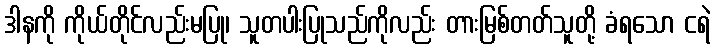
ဒါနကို ကိုယ်တိုင်လည်းမပြု၊ သူတပါးပြုသည်ကိုလည်း တားမြစ်တတ်သူတို့ ခံရသော ငရဲ